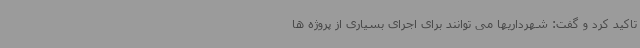
تاکید کرد و گفت: شهرداریها می توانند برای اجرای بسیاری از پروژه ها